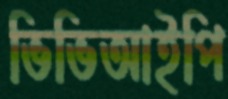
ভিভিআইপি